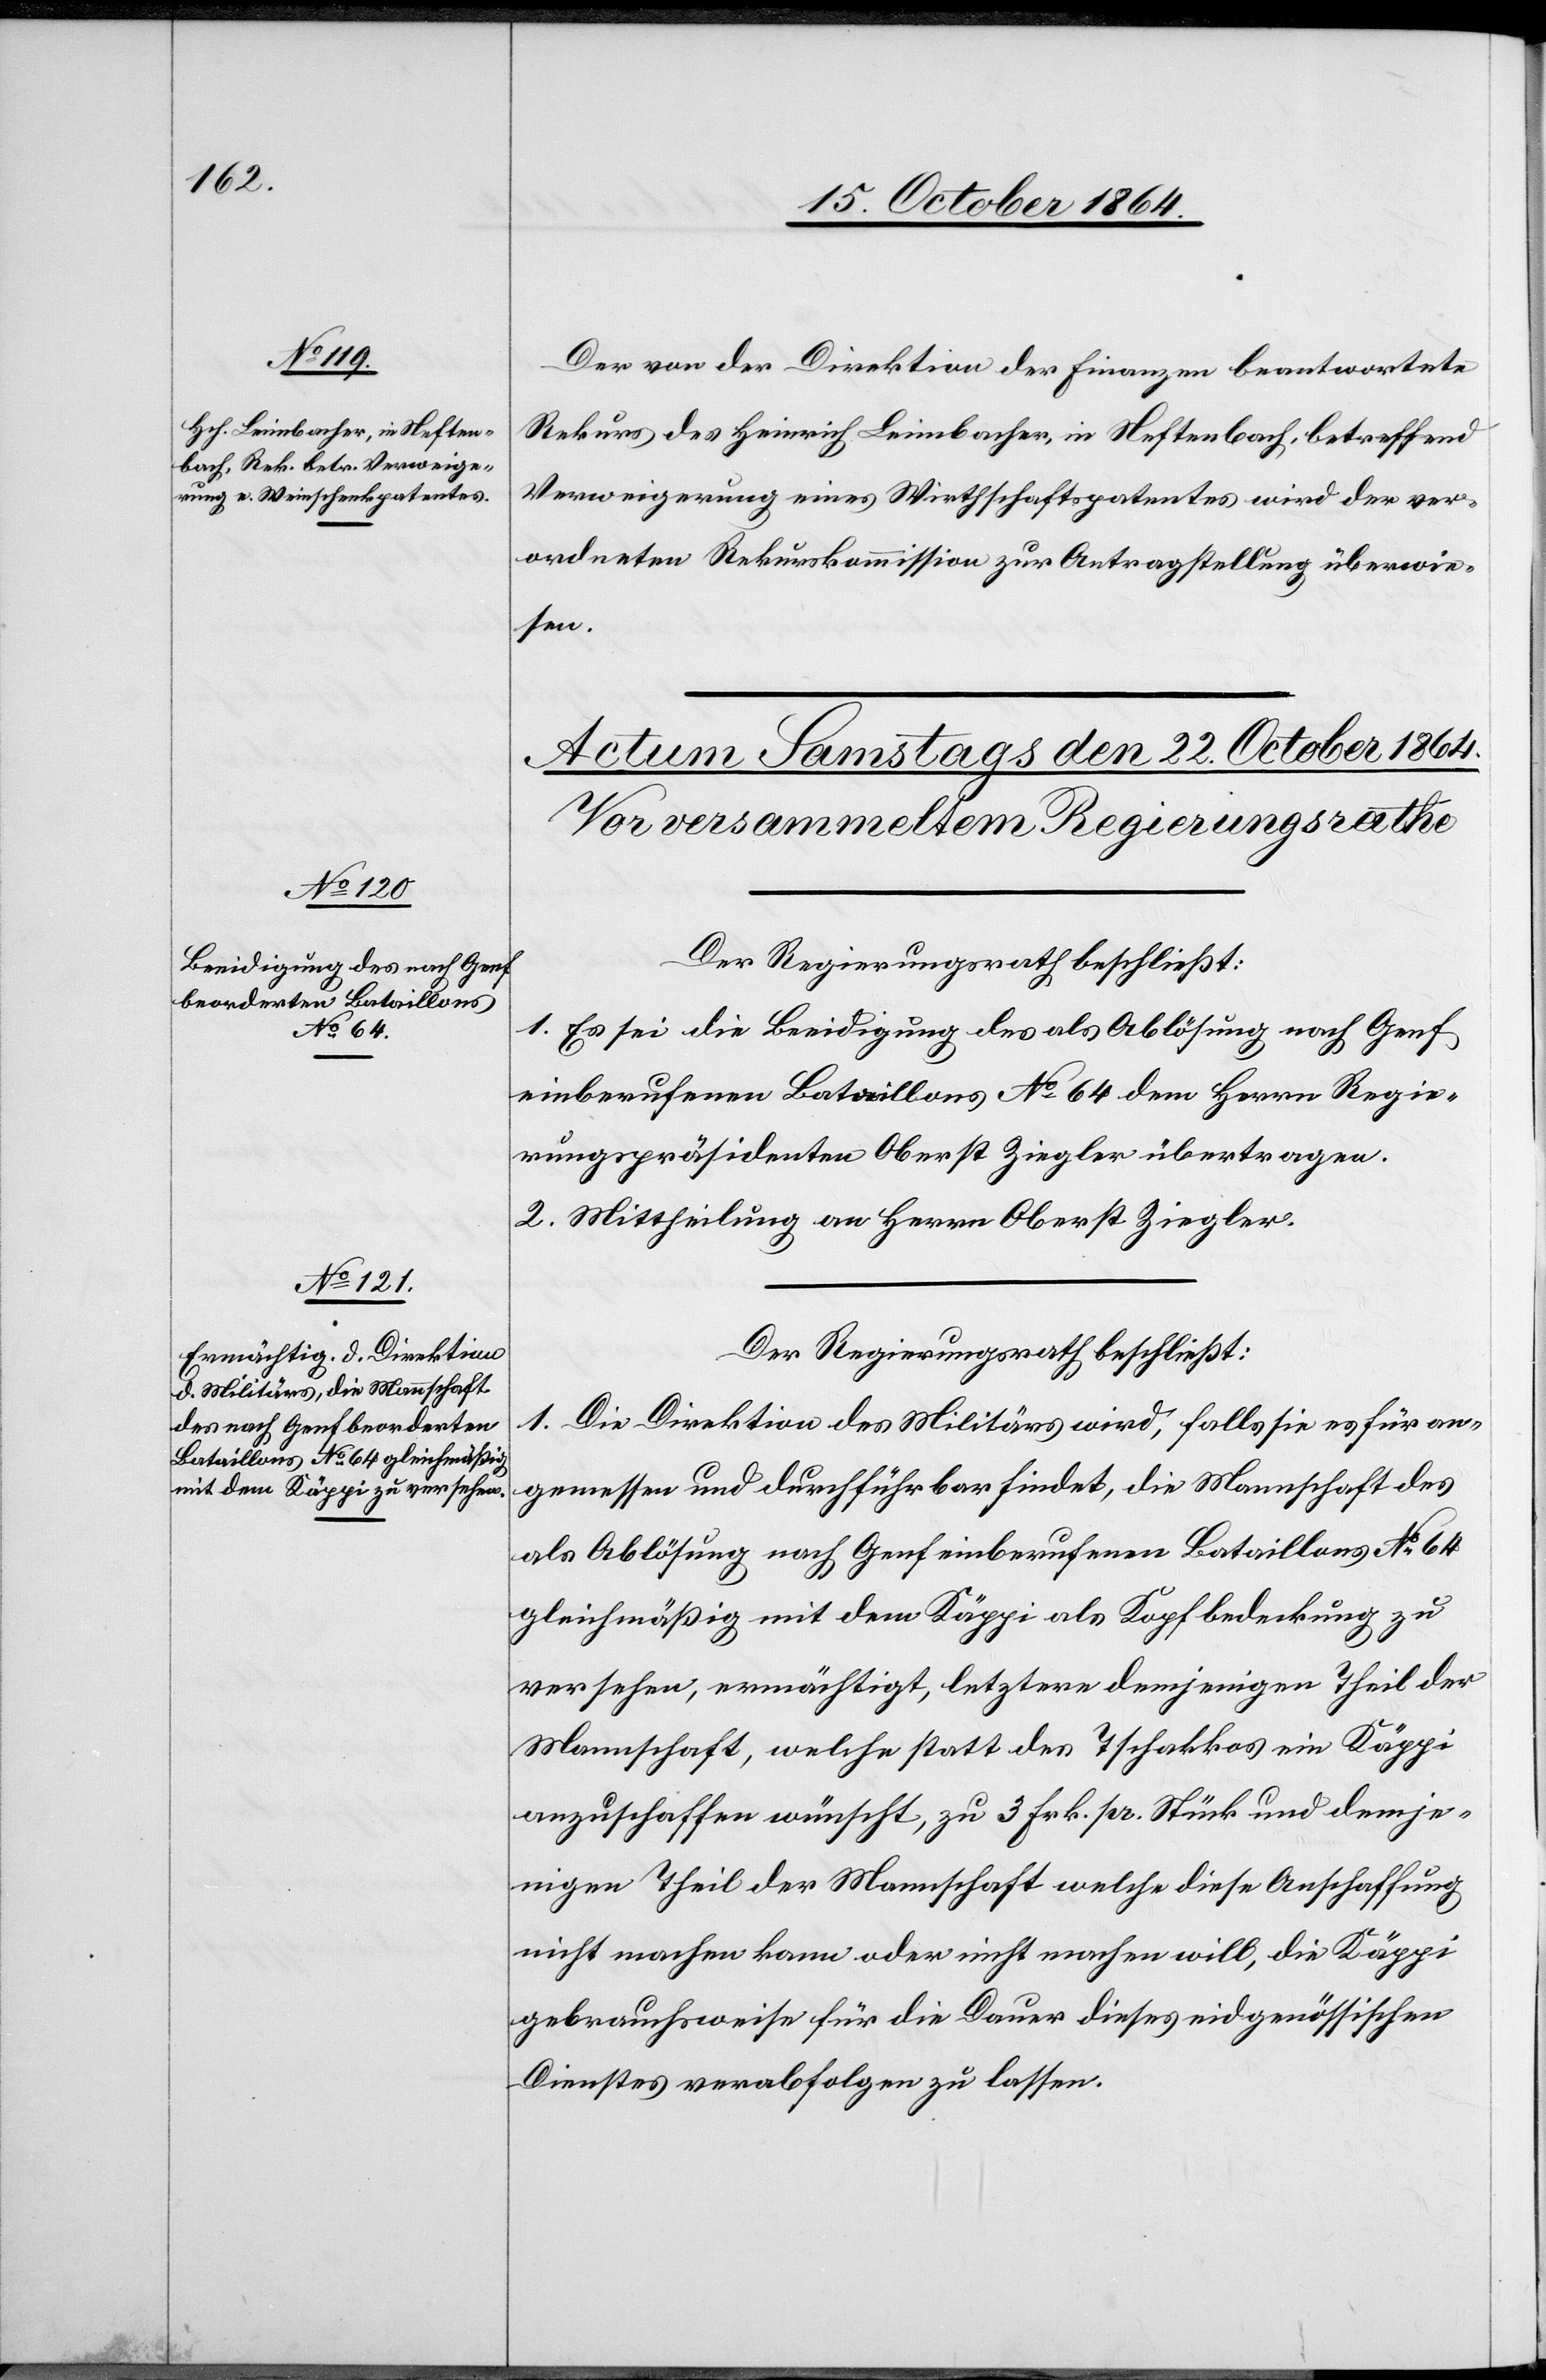
21. October 1864.]
Der von der Direktion der Finanzen beantwortete
Rekurs des Heinrich Leimbacher, in Neftenbach, betreffend
Verweigerung eins Wirthschaftspatentes wird der ver¬
ordneten Rekurskommission zur Antragstellung überwie¬
sen.
Der Regierungsrath beschließt:
1. Es sei die Beeidigung des als Ablösung nach Genf
einberufenen Bataillons No 64 dem Herrn Regie¬
rungspräsidenten Oberst Ziegler übertragen.
2. Mittheilung an Herrn Oberst Ziegler.
Der Regierungsrath beschließt:
1. Die Direktion des Militärs wird, falls sie es für an¬
gemessen und durchführbar findet, die Mannschaft des
als Ablösung nach Genf einberufenen Bataillons No 64
gleichmäßig mit dem Käppi als Kopfbedeckung zu
versehen, ermächtigt, letztere demjenigen Theil der
Mannschaft, welche statt des Tschakkos ein Käppi
anzuschaffen wünscht, zu 3 Frk. pr. Stück und demje¬
nigen Theil der Mannschaft welche diese Anschaffung
nicht machen kann oder nicht machen will, die Käppi
gebrauchsweise für die Dauer dieses eidgenössischen
Dienstes verabfolgen zu lassen.